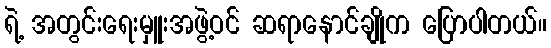
ရဲ့ အတွင်းရေးမှူးအဖွဲ့ဝင် ဆရာနောင်ချိုက ပြောပါတယ်။